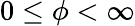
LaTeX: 0\leq\phi<\infty